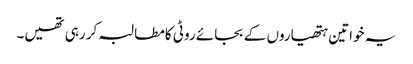
یہ خواتین ہتھیاروں کے بجائے روٹی کامطالبہ کر رہی تھیں۔